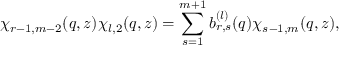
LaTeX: \chi _ { r - 1 , m - 2 } ( q , z ) \chi _ { l , 2 } ( q , z ) = \sum _ { s = 1 } ^ { m + 1 } b _ { r , s } ^ { ( l ) } ( q ) \chi _ { s - 1 , m } ( q , z ) ,